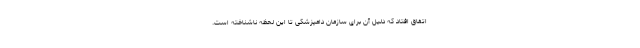
اتفاق افتاد که دلیل آن برای سازمان دامپزشکی تا این لحظه ناشناخته است.